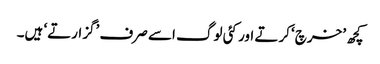
کچھ ’خرچ‘ کرتے اور کئی لوگ اسے صرف ’گزارتے‘ ہیں۔